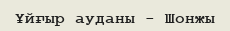
Ұйғыр ауданы - Шонжы